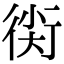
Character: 𧗰